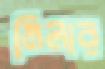
মিলার